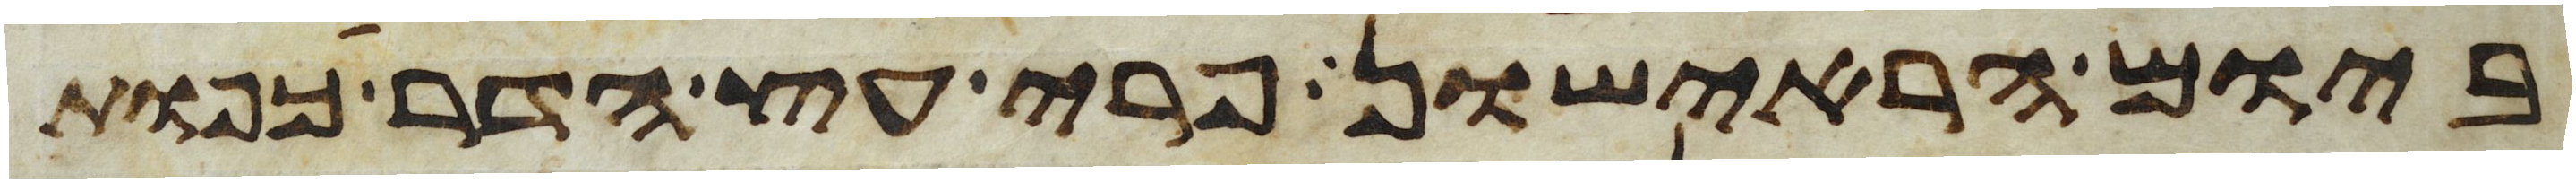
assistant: ביום הראישון פרי עץ הדר כפות